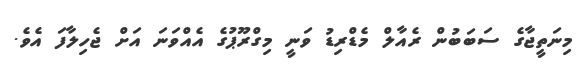
މިނަތީޖާގެ ސަބަބުން ރެއާލް މެޑްރިޑު ވަނީ މިގްރޫޕުގެ އެއްވަނަ އަށް ޖެހިލާފަ އެވެ.